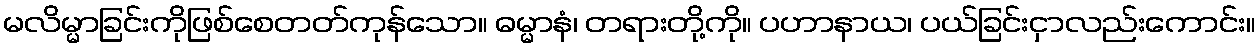
မလိမ္မာခြင်းကိုဖြစ်စေတတ်ကုန်သော။ ဓမ္မာနံ၊ တရားတို့ကို။ ပဟာနာယ၊ ပယ်ခြင်းငှာလည်းကောင်း။